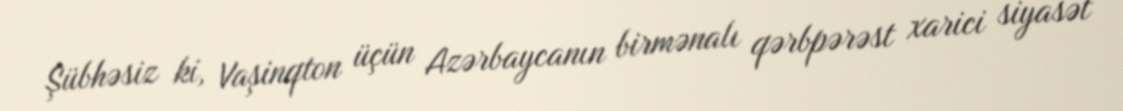
Şübhəsiz ki, Vaşinqton üçün Azərbaycanın birmənalı qərbpərəst xarici siyasət